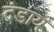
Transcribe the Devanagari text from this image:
दंडाय